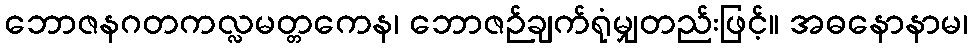
ဘောဇနဂတကလ္လမတ္တကေန၊ ဘောဇဉ်ချက်ရုံမျှတည်းဖြင့်။ အဓနောနာမ၊